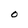
Character: O